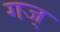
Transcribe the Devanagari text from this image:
गज्